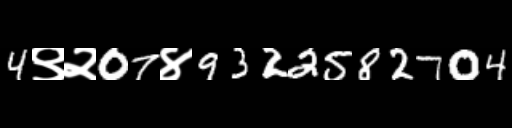
Text: 4९२07४9322582704